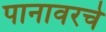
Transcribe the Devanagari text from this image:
पानावरचे